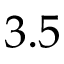
3 . 5